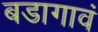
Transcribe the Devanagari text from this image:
बडागावं